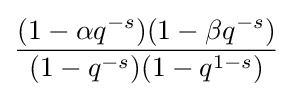
{\frac {(1-\alpha q^{-s})(1-\beta q^{-s})}{(1-q^{-s})(1-q^{1-s})}}